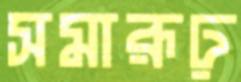
সমারূঢ়